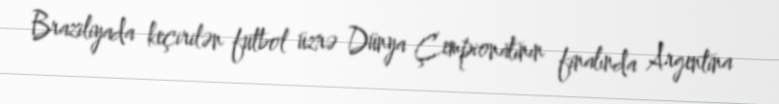
Braziliyada keçirilən futbol üzrə Dünya Çempionatının finalında Argentina